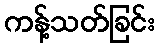
ကန့်သတ်ခြင်း